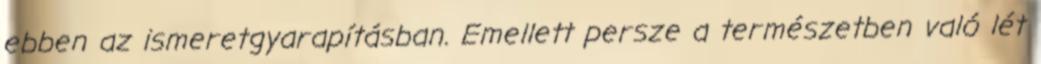
ebben az ismeretgyarapításban. Emellett persze a természetben való lét